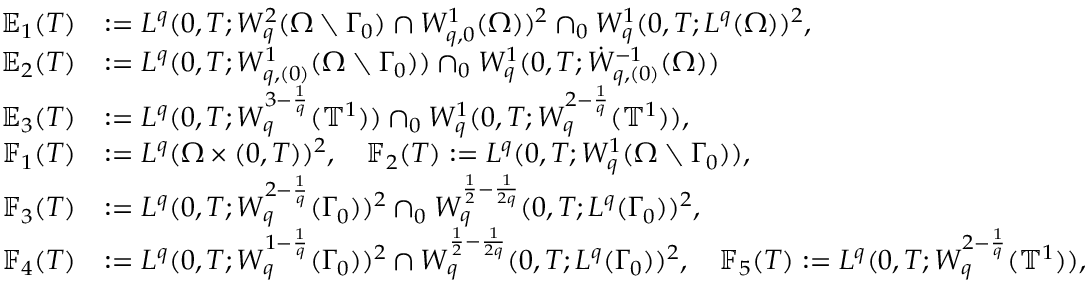
\begin{array} { r l } { \mathbb { E } _ { 1 } ( T ) } & { : = L ^ { q } ( 0 , T ; W _ { q } ^ { 2 } ( \Omega \setminus \Gamma _ { 0 } ) \cap W _ { q , 0 } ^ { 1 } ( \Omega ) ) ^ { 2 } \cap _ { 0 } W _ { q } ^ { 1 } ( 0 , T ; L ^ { q } ( \Omega ) ) ^ { 2 } , } \\ { \mathbb { E } _ { 2 } ( T ) } & { : = L ^ { q } ( 0 , T ; W _ { q , ( 0 ) } ^ { 1 } ( \Omega \setminus \Gamma _ { 0 } ) ) \cap _ { 0 } W _ { q } ^ { 1 } ( 0 , T ; \dot { W } _ { q , ( 0 ) } ^ { - 1 } ( \Omega ) ) } \\ { \mathbb { E } _ { 3 } ( T ) } & { : = L ^ { q } ( 0 , T ; W _ { q } ^ { 3 - \frac 1 q } ( \ensuremath { \mathbb { T } } ^ { 1 } ) ) \cap _ { 0 } W _ { q } ^ { 1 } ( 0 , T ; W _ { q } ^ { 2 - \frac 1 q } ( \ensuremath { \mathbb { T } } ^ { 1 } ) ) , } \\ { \mathbb { F } _ { 1 } ( T ) } & { : = L ^ { q } ( \Omega \times ( 0 , T ) ) ^ { 2 } , \quad \mathbb { F } _ { 2 } ( T ) : = L ^ { q } ( 0 , T ; W _ { q } ^ { 1 } ( \Omega \setminus \Gamma _ { 0 } ) ) , } \\ { \mathbb { F } _ { 3 } ( T ) } & { : = L ^ { q } ( 0 , T ; W _ { q } ^ { 2 - \frac 1 q } ( \Gamma _ { 0 } ) ) ^ { 2 } \cap _ { 0 } W _ { q } ^ { \frac 1 2 - \frac 1 { 2 q } } ( 0 , T ; L ^ { q } ( \Gamma _ { 0 } ) ) ^ { 2 } , \quad } \\ { \mathbb { F } _ { 4 } ( T ) } & { : = L ^ { q } ( 0 , T ; W _ { q } ^ { 1 - \frac 1 q } ( \Gamma _ { 0 } ) ) ^ { 2 } \cap W _ { q } ^ { \frac 1 2 - \frac 1 { 2 q } } ( 0 , T ; L ^ { q } ( \Gamma _ { 0 } ) ) ^ { 2 } , \quad \mathbb { F } _ { 5 } ( T ) : = L ^ { q } ( 0 , T ; W _ { q } ^ { 2 - \frac 1 q } ( \ensuremath { \mathbb { T } } ^ { 1 } ) ) , } \end{array}